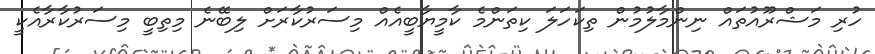
ހުރި މަޝްރޫއުތައް ނިންމާލުމުން ތިކަހަލަ ކިތަންމެ ކާމީޔާބީއެއް މިސަރުކާރަށް ލިބޭނެ މިތިބީ މިސަރުކާރާއެކީ